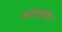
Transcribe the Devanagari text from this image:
अन्न्देव